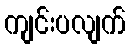
ကျင်းပလျက်